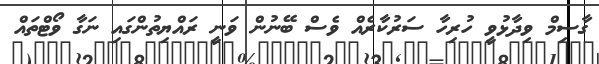
ގާސިމް ވިދާޅުވީ ހުރިހާ ސަރުކާރެއް ވެސް ބޭނުން ވަނީ ރައްޔިތުންގައި ނަގާ ވޯޓްތައް